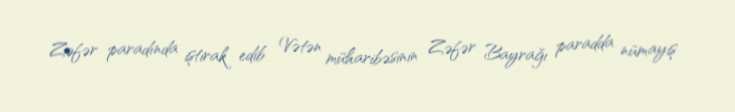
Zəfər paradında iştirak edib Vətən müharibəsinin Zəfər Bayrağı paradda nümayiş